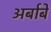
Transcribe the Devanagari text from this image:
अर्बाबे